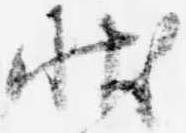
状